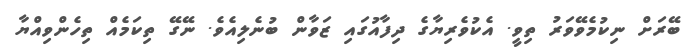
ބޭރަށް ނިކުމެވޭވަރު ތިވީ. އެކުވެރިޔާގެ ދިފާއުގައި ޒަވާން ބުނެލިއެވެ. ނޭގޭ ތިކަމެއް ތިހެންވިއްޔާ